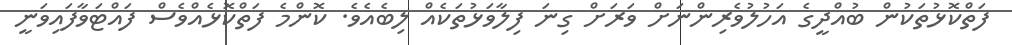
ފަތްކޮޅުތަކުން ބުއްދީގެ އަހުލުވެރިންނަށް ވަރަށް ގިނަ ފިލާވަޅުތަކެއް ލިބެއެވެ. ކޮންމެ ފަތްކޮޅެއްވެސް ފައްޓަވާފައިވަނީ